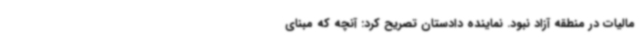
مالیات در منطقه آزاد نبود. نماینده دادستان تصریح کرد: آنچه که مبنای